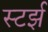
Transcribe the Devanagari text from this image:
स्टर्झ